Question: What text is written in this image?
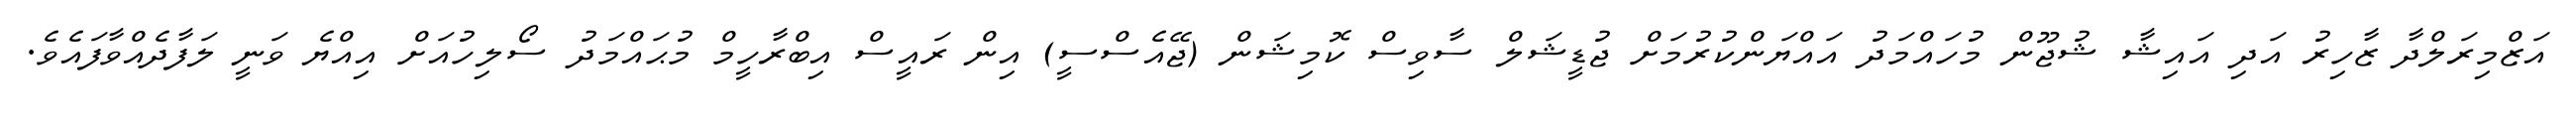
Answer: އަޒްމިރަލްދާ ޒާހިރު އަދި އައިޝާ ޝުޖޫން މުހައްމަދު އައްޔަންކުރުމަށް ޖުޑީޝަލް ސާވިސް ކޮމިޝަން (ޖޭއެސްސީ) އިން ރައީސް އިބްރާހީމް މުޙައްމަދު ސޯލިހުއަށް އިއްޔެ ވަނީ ލަފާދެއްވާފައެވެ.